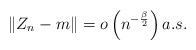
LaTeX: \begin{align*}\left\| Z_{n} - m \right\| = o \left( n^{-\frac{\beta}{2}}\right) a.s.\end{align*}